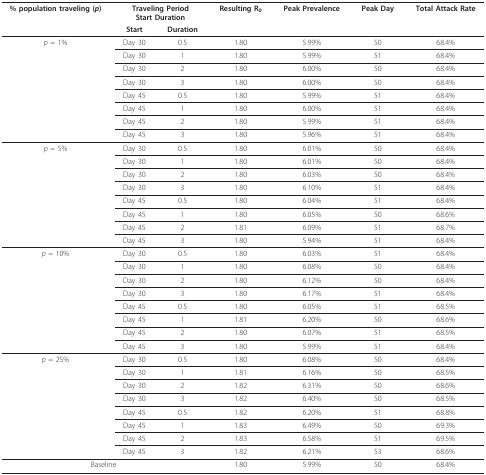
<table><thead><tr><td><b>% population traveling (<i>p</i>)</b></td><td colspan="2"><b>Traveling PeriodStart Duration</b></td><td><b>Resulting R<sub>0</sub></b></td><td><b>Peak Prevalence</b></td><td><b>Peak Day</b></td><td><b>Total Attack Rate</b></td></tr><tr><td></td><td><b>Start</b></td><td><b>Duration</b></td><td></td><td></td><td></td><td></td></tr></thead><tbody><tr><td><i>p </i>= 1%</td><td>Day 30</td><td>0.5</td><td>1.80</td><td>5.99%</td><td>50</td><td>68.4%</td></tr><tr><td></td><td>Day 30</td><td>1</td><td>1.80</td><td>5.99%</td><td>51</td><td>68.4%</td></tr><tr><td></td><td>Day 30</td><td>2</td><td>1.80</td><td>6.00%</td><td>50</td><td>68.4%</td></tr><tr><td></td><td>Day 30</td><td>3</td><td>1.80</td><td>6.00%</td><td>50</td><td>68.4%</td></tr><tr><td></td><td>Day 45</td><td>0.5</td><td>1.80</td><td>5.99%</td><td>51</td><td>68.4%</td></tr><tr><td></td><td>Day 45</td><td>1</td><td>1.80</td><td>6.00%</td><td>51</td><td>68.4%</td></tr><tr><td></td><td>Day 45</td><td>2</td><td>1.80</td><td>5.99%</td><td>51</td><td>68.4%</td></tr><tr><td></td><td>Day 45</td><td>3</td><td>1.80</td><td>5.96%</td><td>51</td><td>68.4%</td></tr><tr><td><i>p </i>= 5%</td><td>Day 30</td><td>0.5</td><td>1.80</td><td>6.01%</td><td>50</td><td>68.4%</td></tr><tr><td></td><td>Day 30</td><td>1</td><td>1.80</td><td>6.01%</td><td>50</td><td>68.4%</td></tr><tr><td></td><td>Day 30</td><td>2</td><td>1.80</td><td>6.03%</td><td>50</td><td>68.4%</td></tr><tr><td></td><td>Day 30</td><td>3</td><td>1.80</td><td>6.10%</td><td>51</td><td>68.4%</td></tr><tr><td></td><td>Day 45</td><td>0.5</td><td>1.80</td><td>6.04%</td><td>51</td><td>68.4%</td></tr><tr><td></td><td>Day 45</td><td>1</td><td>1.80</td><td>6.05%</td><td>50</td><td>68.6%</td></tr><tr><td></td><td>Day 45</td><td>2</td><td>1.81</td><td>6.09%</td><td>51</td><td>68.7%</td></tr><tr><td></td><td>Day 45</td><td>3</td><td>1.80</td><td>5.94%</td><td>51</td><td>68.4%</td></tr><tr><td><i>p </i>= 10%</td><td>Day 30</td><td>0.5</td><td>1.80</td><td>6.03%</td><td>51</td><td>68.4%</td></tr><tr><td></td><td>Day 30</td><td>1</td><td>1.80</td><td>6.08%</td><td>50</td><td>68.4%</td></tr><tr><td></td><td>Day 30</td><td>2</td><td>1.80</td><td>6.12%</td><td>50</td><td>68.4%</td></tr><tr><td></td><td>Day 30</td><td>3</td><td>1.80</td><td>6.17%</td><td>51</td><td>68.4%</td></tr><tr><td></td><td>Day 45</td><td>0.5</td><td>1.80</td><td>6.05%</td><td>51</td><td>68.5%</td></tr><tr><td></td><td>Day 45</td><td>1</td><td>1.81</td><td>6.20%</td><td>50</td><td>68.6%</td></tr><tr><td></td><td>Day 45</td><td>2</td><td>1.80</td><td>6.07%</td><td>51</td><td>68.5%</td></tr><tr><td></td><td>Day 45</td><td>3</td><td>1.80</td><td>5.99%</td><td>51</td><td>68.4%</td></tr><tr><td><i>p </i>= 25%</td><td>Day 30</td><td>0.5</td><td>1.80</td><td>6.08%</td><td>50</td><td>68.4%</td></tr><tr><td></td><td>Day 30</td><td>1</td><td>1.81</td><td>6.16%</td><td>50</td><td>68.5%</td></tr><tr><td></td><td>Day 30</td><td>2</td><td>1.82</td><td>6.31%</td><td>50</td><td>68.6%</td></tr><tr><td></td><td>Day 30</td><td>3</td><td>1.82</td><td>6.40%</td><td>50</td><td>68.5%</td></tr><tr><td></td><td>Day 45</td><td>0.5</td><td>1.82</td><td>6.20%</td><td>51</td><td>68.8%</td></tr><tr><td></td><td>Day 45</td><td>1</td><td>1.83</td><td>6.49%</td><td>50</td><td>69.3%</td></tr><tr><td></td><td>Day 45</td><td>2</td><td>1.83</td><td>6.58%</td><td>51</td><td>69.5%</td></tr><tr><td></td><td>Day 45</td><td>3</td><td>1.82</td><td>6.21%</td><td>53</td><td>68.6%</td></tr><tr><td colspan="3">Baseline</td><td>1.80</td><td>5.99%</td><td>50</td><td>68.4%</td></tr></tbody></table>